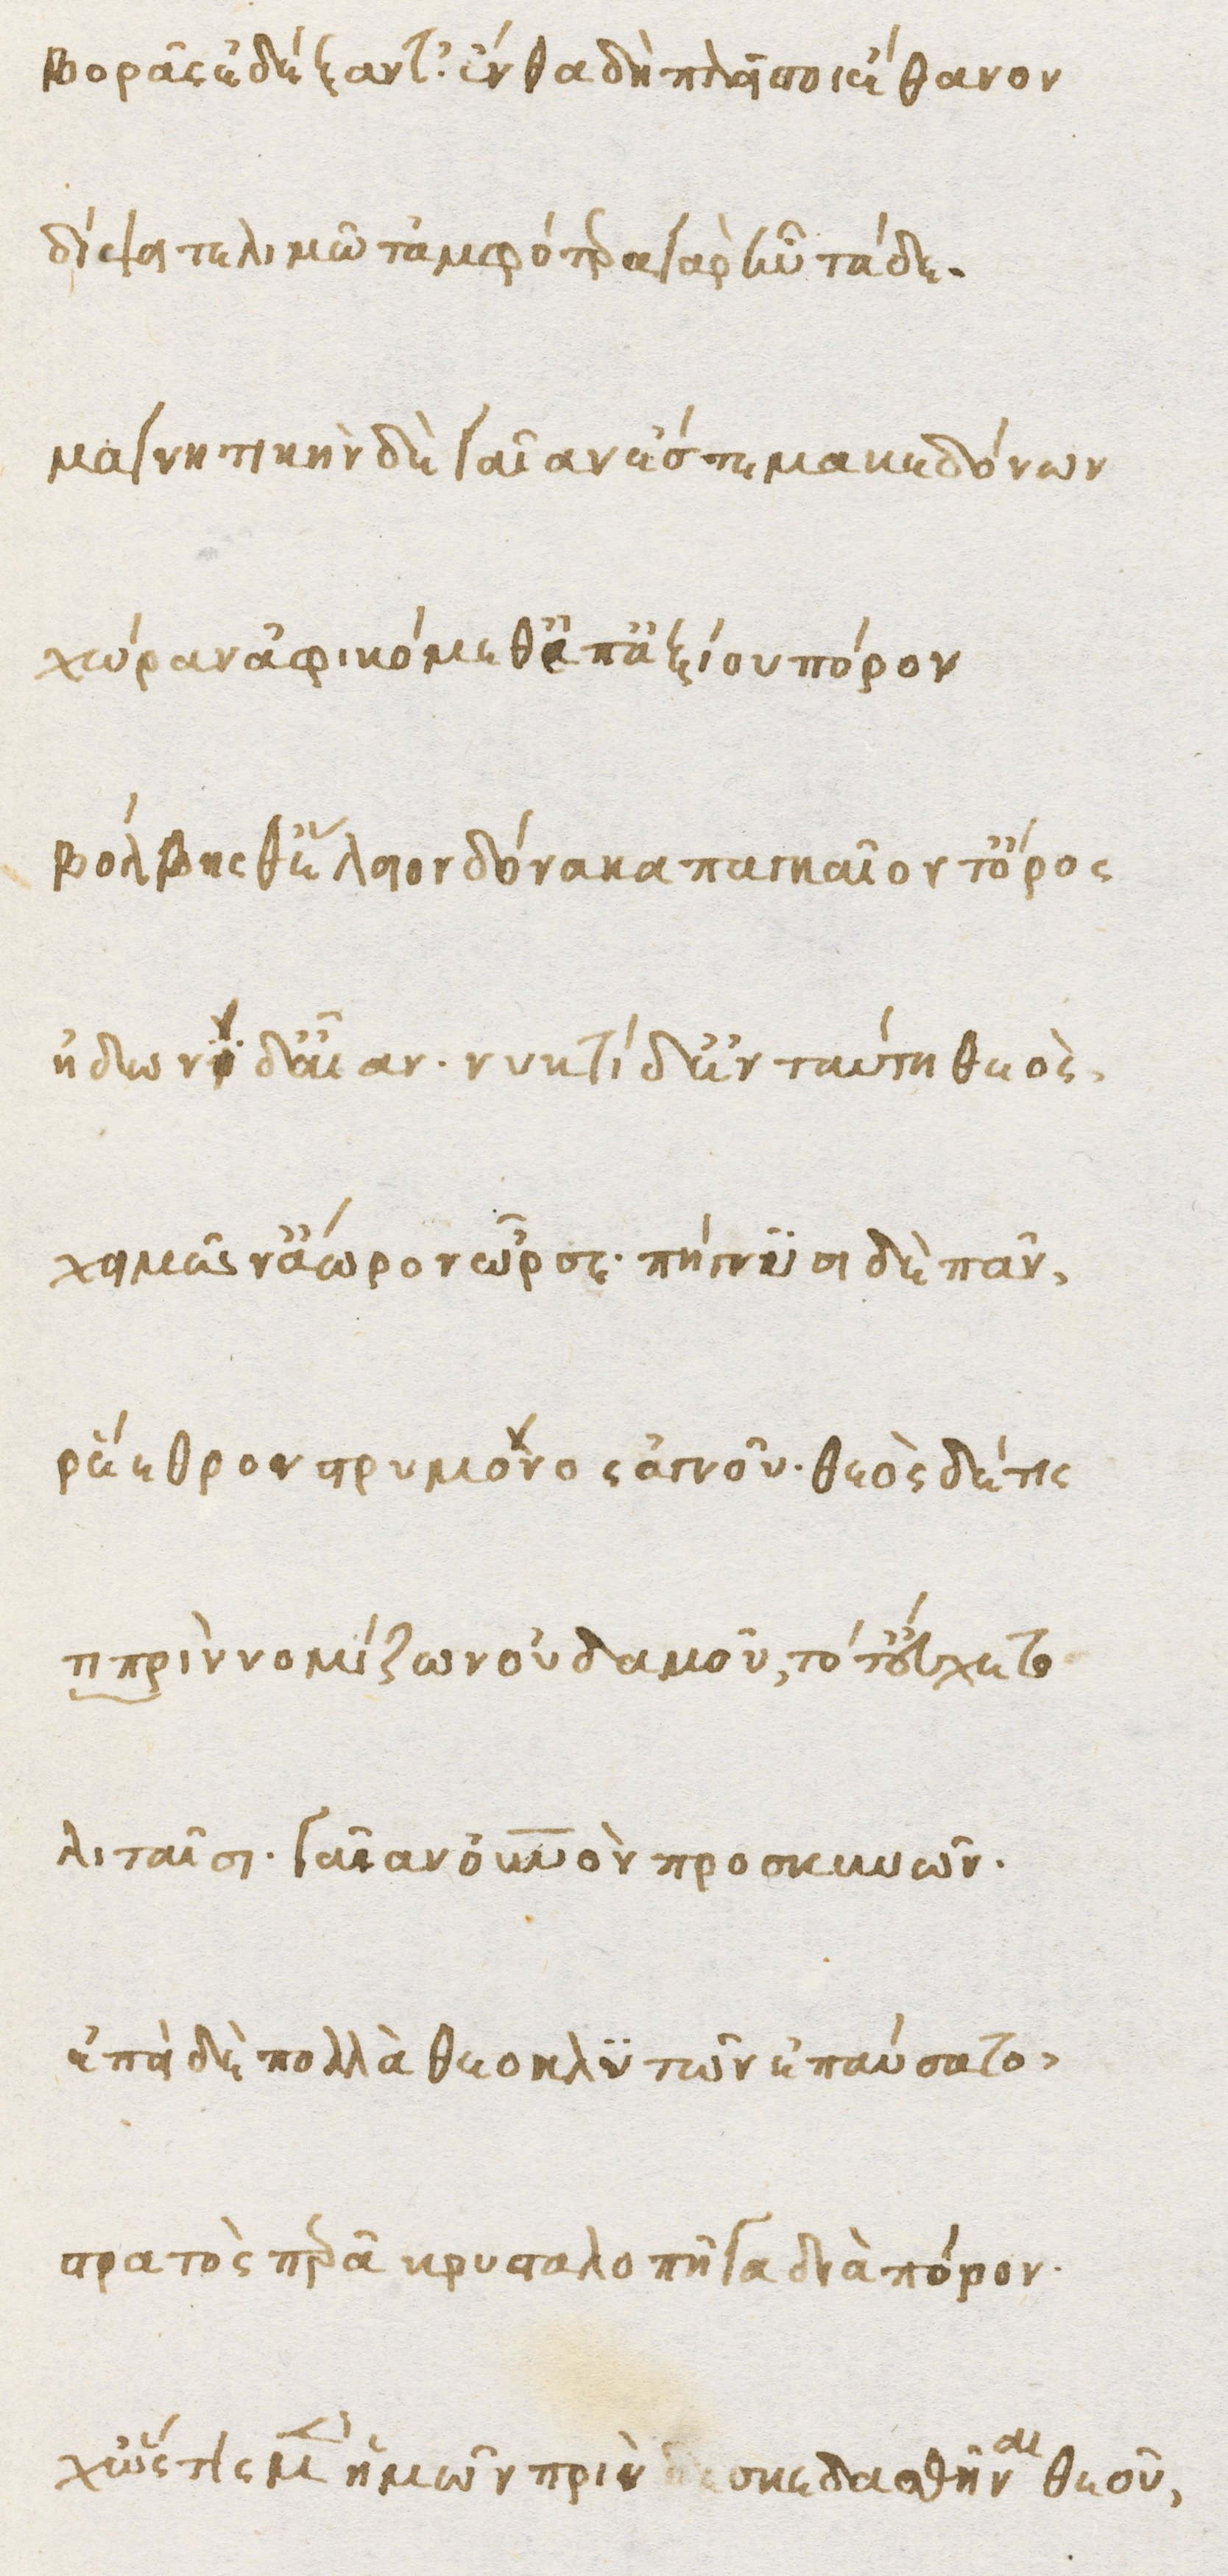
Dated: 1470–1499